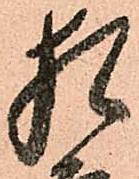
猶